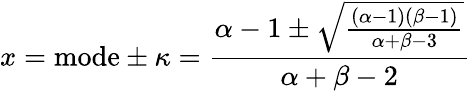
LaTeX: x={\mathrm{mode}}\pm\kappa={\frac{\alpha-1\pm{\sqrt{\frac{(\alpha-1)(\beta-1)}{\alpha+\beta-3}}}}{\alpha+\beta-2}}